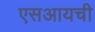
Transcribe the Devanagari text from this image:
एसआयची